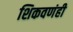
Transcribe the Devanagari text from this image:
शिकवणंही